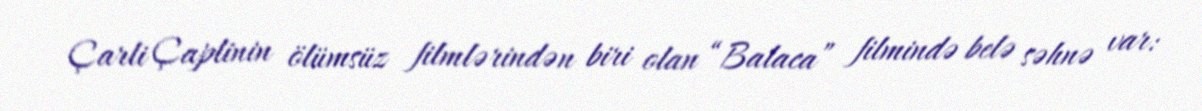
Çarli Çaplinin ölümsüz filmlərindən biri olan “Balaca” filmində belə səhnə var: